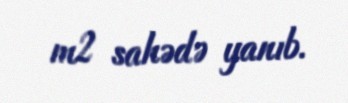
m2 sahədə yanıb.